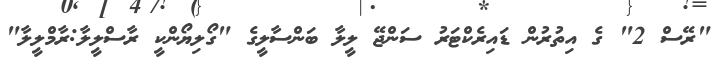
"ރޭސް 2" ގެ އިތުރުން ޑައިރެކްޓަރު ސަންޖޭ ލީލާ ބަންސާލީގެ "ގޯލިޔޯންކީ ރާސްލީލާ:ރާމްލީލާ"